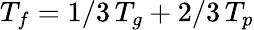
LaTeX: T_{f}=1/3\, T_{g}+2/3\, T_{p}